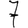
Digit: 7